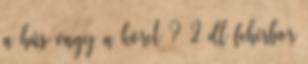
a hús vagy a köret ? 2 dl fehérbor